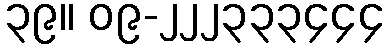
၃၉။ ၀၉-၂၂၂၃၃၃၄၄၄